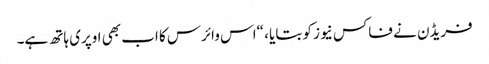
فریڈن نے فاکس نیوز کو بتایا ، “اس وائرس کا اب بھی اوپری ہاتھ ہے۔